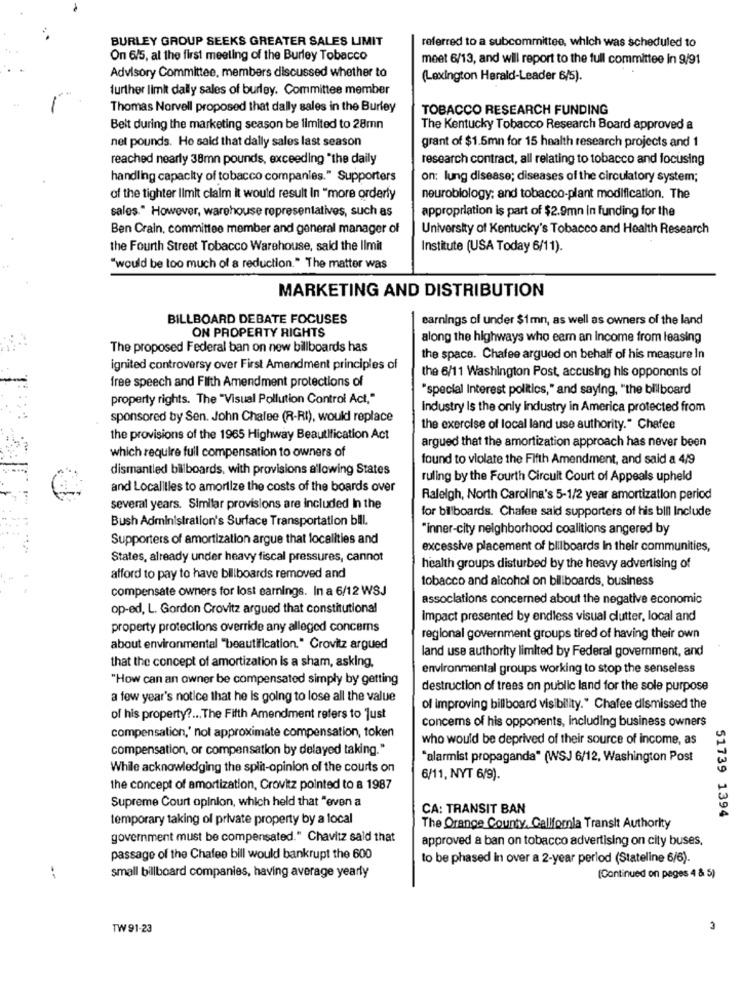
BURLEY GROUP SEEKS GREATER SALES LIMIT
referred to a subcommittee, which was scheduled to
On 6/5, at the first meeting of the Burley Tobacco
meet 6/13, and will report to the full committee in 9/91
Advisory Committee, members discussed whether to
(Lexington Herald-Leader 6/5).
further limit daily sales of burley. Committee member
Thomas Norvell proposed that dally sales in the Burley
TOBACCO RESEARCH FUNDING
Beit during the marketing season be limited to 28mn
The Kentucky Tobacco Research Board approved a
net pounds. He said that dally sales last season
grant of $1.5mn for 15 health research projects and 1
reached nearly 38mn pounds, exceeding "the daily
research contract, all relating to tobacco and focusing
handling capacity of tobacco companies." Supporters
on: lung disease; diseases of the circulatory system;
of the tighter limit claim it would result In "more orderly
neurobiology; and tobacco-plant modification. The
sales." However, warehouse representatives, such as
appropriation is part of $2.9mn in funding for the
Ben Crain, committee member and general manager of
University of Kentucky's Tobacco and Health Research
the Fourth Street Tobacco Warehouse, said the Ilmit
Institute (USA Today 6/11).
"would be too much of a reduction." The matter was
MARKETING AND DISTRIBUTION
BILLBOARD DEBATE FOCUSES
earnings of under $1mn, as well as owners of the land
ON PROPERTY RIGHTS
along the highways who eern an income from leasing
The proposed Federal ban on new billboards has
the space. Chafee argued on behalf of his measure In
ignited controversy over First Amendment principles of
the 6/11 Washington Post, accusing his opponents of
free speech and Filth Amendment protections of
"special Interest politics," and saying, "the billboard
property rights. The "Visual Pollution Control Act,"
Industry Is the only industry in America protected from
sponsored by Sen. John Chalee (R-RI), would replace
the exercise of local land use authority." Chafee
the provisions of the 1965 Highway Beautification Act
which require full compensation to owners of
argued that the amortization approach has never been
found to violate the Fifth Amendment, and said a 4/9
dismantled billboards, with provisions allowing States
ruling by the Fourth Circuit Court of Appeals upheld
and Localilles to amortize the costs of the boards over
Raleigh, North Carolina's 5-1/2 year amortization period
several years. Similar provisions are included In the
for billboards. Chafee said supporters of his bill Include
Bush Administration's Surface Transportation bill.
"inner-city neighborhood coalitions angered by
Supporters of amortization argue that localities and
excessive placement of billboards In their communities,
States, already under heavy fiscal pressures, cannot
health groups disturbed by the heavy advertising of
afford to pay to have billboards removed and
tobacco and alcohol on billboards, business
compensate owners for lost earnings. In a 6/12 WSJ
associations concerned about the negative economic
op-ed, L. Gordon Crovitz argued that constitutional
Impact presented by endless visual clutter, local and
property protections override any alleged concerns
regional government groups tired of having their own
about environmental "beautification." Crovitz argued
land use authority limited by Federal government, and
that the concept of amortization is a sham, asking.
environmental groups working to stop the senseless
"How can an owner be compensated simply by getting
destruction of trees on public land for the sole purpose
a few year's notice that he is going to lose all the value
of improving billboard visibility." Chafee dismissed the
of his property ?... The Fifth Amendment refers to Just
concerns of his opponents, including business owners
compensation,' nol approximate compensation, token
who would be deprived of their source of income, as
compensation, or compensation by delayed taking."
"alarmist propaganda" (WSJ 6/12, Washington Post
While acknowledging the split-opinion of the courts on
6/11, NYT 6/9).
the concept of amortization, Crovitz pointed to a 1987
Supreme Court opinion, which held that "even a
CA: TRANSIT BAN
temporary taking of private property by a local
51739 1394
The Orange County, Callforla Transit Authority
government must be compensated." Chavitz said that
approved a ban on tobacco advertising on city buses,
passage of the Chafee bill would bankrupt the 600
to be phased in over a 2-year period (Stateline 6/6).
-
small billboard companies, having average yearly
(Continued on pages 4 & 5)
TW 91-23
3